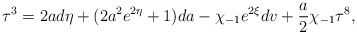
\begin{align*}{\bf\tau}^3=2ad\eta +(2a^2e^{2\eta} +1 )da-\chi_{-1}e^{2\xi}dv+\frac{a}{2}\chi_{-1}{\bf\tau}^8,\end{align*}